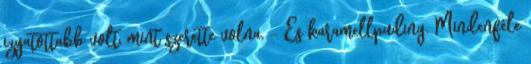
izgatottabb volt, mint szerette volna. - És karamellpuding. Mindenféle